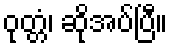
ဝုတ္တံ၊ ဆိုအပ်ပြီ။